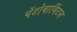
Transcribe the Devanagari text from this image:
पेंटोबार्बिटल